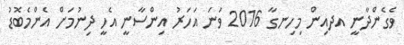
ވެގެންދާނީ އދއިން މިހިނގާ 2016 ވަނަ އަހަރު އިންސާނީ އެހީ ދިނުމަށް އެންމެބޮޑު